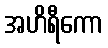
အဟိရီကော